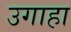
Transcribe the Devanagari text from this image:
उगाहा